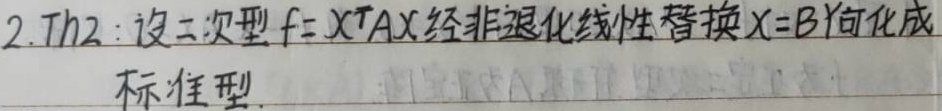
2. Th2：设二次型\(f = X^{T}AX\)经非退化线性替换\(X = BY\)化成标准型